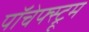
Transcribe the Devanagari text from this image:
पॉचेफ्स्ट्रूम